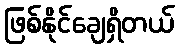
ဖြစ်နိုင်ချေရှိတယ်